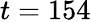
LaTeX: t=154